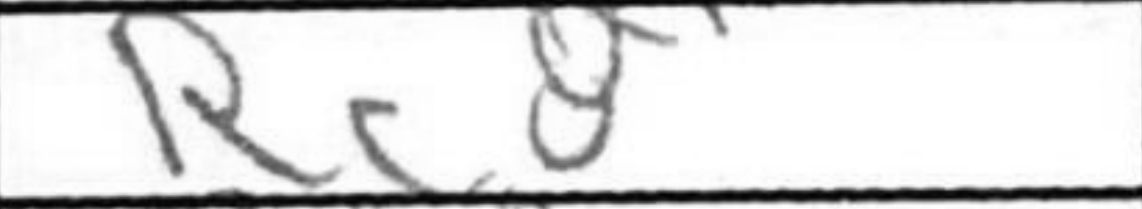
Transcription: Rc8